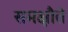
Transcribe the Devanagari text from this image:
समक्षौते